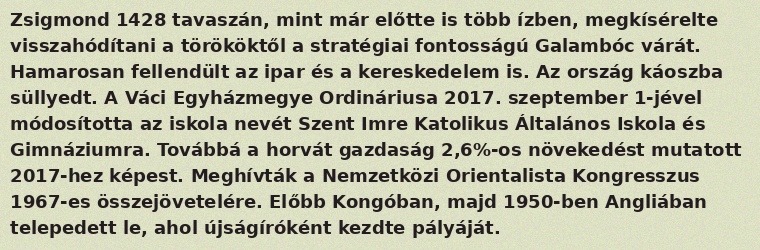
Zsigmond 1428 tavaszán, mint már előtte is több ízben, megkísérelte visszahódítani a törököktől a stratégiai fontosságú Galambóc várát. Hamarosan fellendült az ipar és a kereskedelem is. Az ország káoszba süllyedt. A Váci Egyházmegye Ordináriusa 2017. szeptember 1-jével módosította az iskola nevét Szent Imre Katolikus Általános Iskola és Gimnáziumra. Továbbá a horvát gazdaság 2,6%-os növekedést mutatott 2017-hez képest. Meghívták a Nemzetközi Orientalista Kongresszus 1967-es összejövetelére. Előbb Kongóban, majd 1950-ben Angliában telepedett le, ahol újságíróként kezdte pályáját.